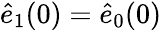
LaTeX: \hat{e}_{1}(0)=\hat{e}_{0}(0)